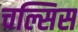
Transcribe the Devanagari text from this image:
चल्सिस